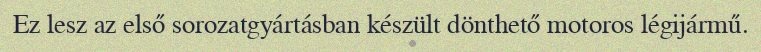
Ez lesz az első sorozatgyártásban készült dönthető motoros légijármű.